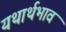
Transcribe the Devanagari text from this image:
यथार्थभाव